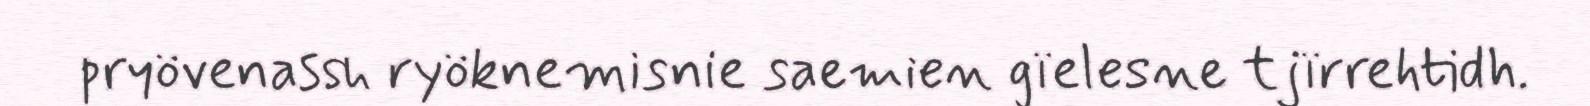
pryövenassh ryöknemisnie saemien gïelesne tjïrrehtidh.